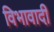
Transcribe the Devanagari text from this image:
विभावादी